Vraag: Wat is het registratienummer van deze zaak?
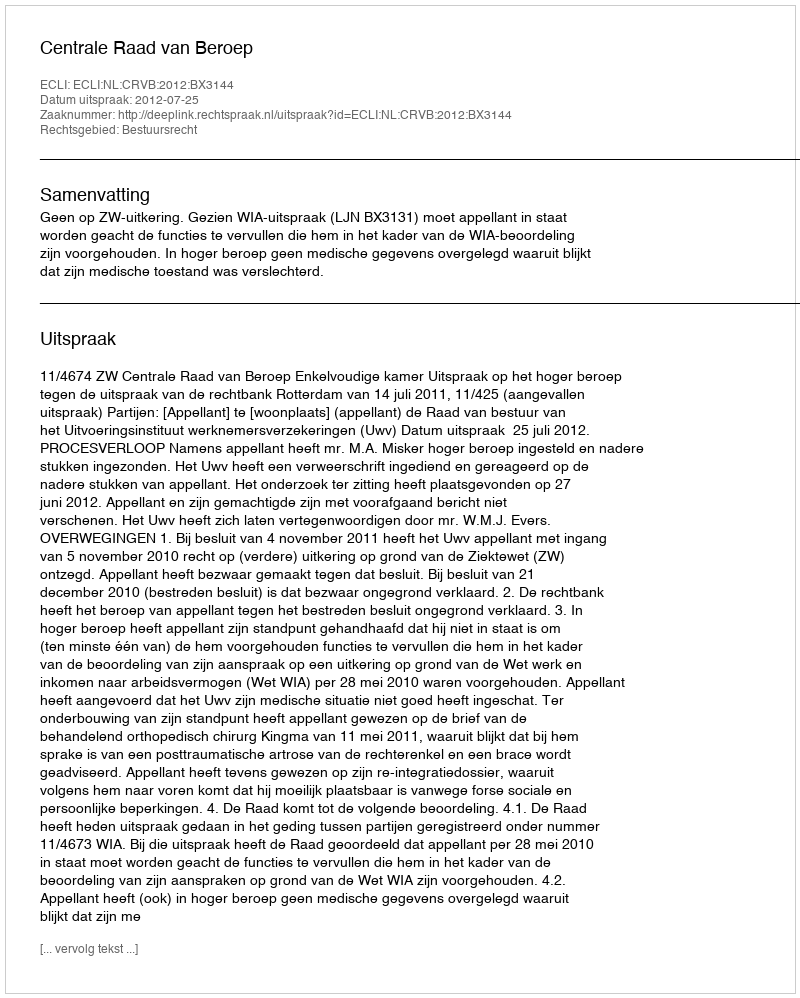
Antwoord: http://deeplink.rechtspraak.nl/uitspraak?id=ECLI:NL:CRVB:2012:BX3144